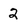
Character: 2